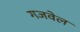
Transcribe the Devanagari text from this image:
गजवेल